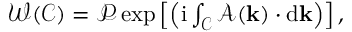
\begin{array} { r } { \mathcal { W } ( \mathcal { C } ) = \mathcal { P } \exp \left[ \left( \mathrm { i } \int _ { \mathcal { C } } \boldsymbol { \mathcal { A } } ( \mathbf { k } ) \cdot \mathrm { d } \mathbf { k } \right) \right] , } \end{array}